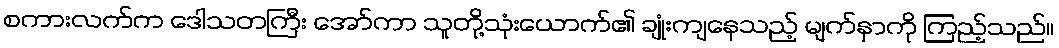
စကားလက်က ဒေါသတကြီး အော်ကာ သူတို့သုံးယောက်၏ ချုံးကျနေသည့် မျက်နှာကို ကြည့်သည်။